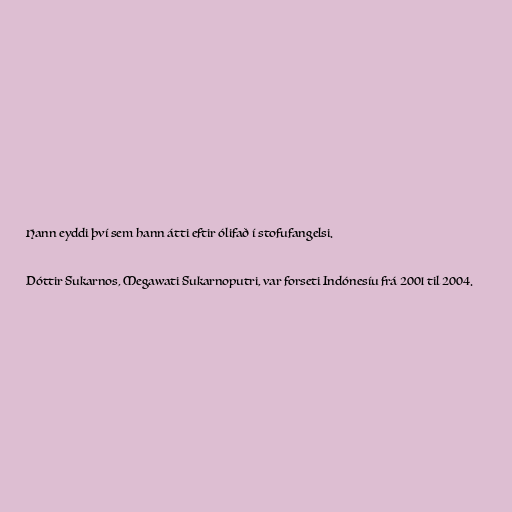
Hann eyddi því sem hann átti eftir ólifað í stofufangelsi.

Dóttir Sukarnos, Megawati Sukarnoputri, var forseti Indónesíu frá 2001 til 2004.